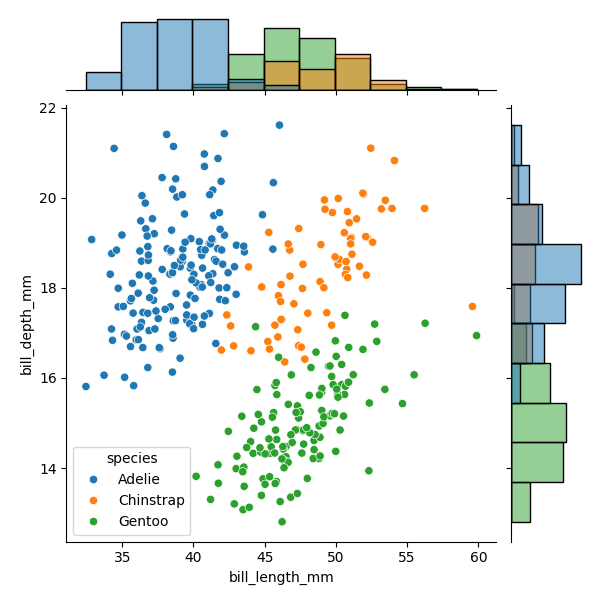
python, seaborn, JointGrid, scatterplot, histplot, hue